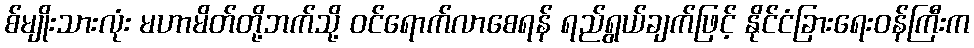
စ်မျိုးသားလုံး မဟာမိတ်တို့ဘက်သို့ ဝင်ရောက်လာစေရန် ရည်ရွယ်ချက်ဖြင့် နိုင်ငံခြားရေးဝန်ကြီးက